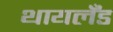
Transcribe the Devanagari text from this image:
थायलँड